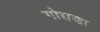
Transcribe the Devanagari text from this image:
गोराणा